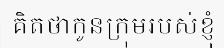
គិតថាកូនក្រុមរបស់ខ្ញុំ